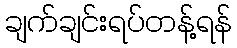
ချက်ချင်းရပ်တန့်ရန်